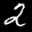
Label: 2